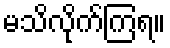
မသိလိုက်ကြရ။